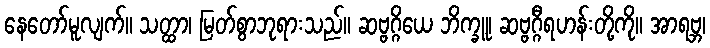
နေတော်မူလျက်။ သတ္ထာ၊ မြတ်စွာဘုရားသည်။ ဆဗ္ဗဂ္ဂိယေ ဘိက္ခူ၊ ဆဗ္ဗဂ္ဂီရဟန်းတို့ကို။ အာရဗ္ဘ၊